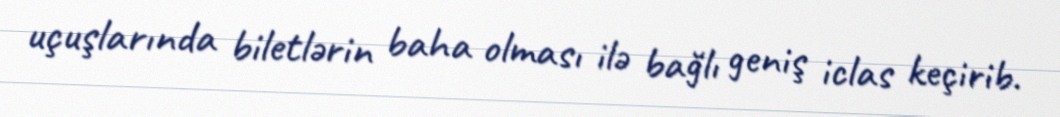
uçuşlarında biletlərin baha olması ilə bağlı geniş iclas keçirib.